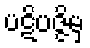
ပဋိပဇ္ဇိမှ